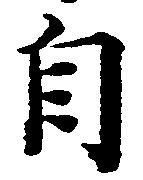
自